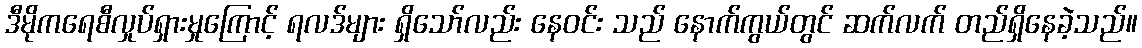
ဒီမိုကရေစီလှုပ်ရှားမှုကြောင့် ရလဒ်များ ရှိသော်လည်း နေဝင်း သည် နောက်ကွယ်တွင် ဆက်လက် တည်ရှိနေခဲ့သည်။